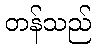
တန်သည်